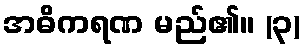
အဓိကရဏ မည်၏။ (၃)